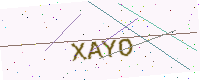
Text: XAYO